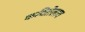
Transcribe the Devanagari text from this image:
कवितेलाच